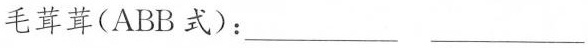
毛茸茸(ABB式)：___ ___